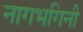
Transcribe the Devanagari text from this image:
नागभगिनी